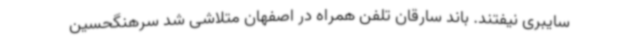
سایبری نیفتند. باند سارقان تلفن همراه در اصفهان متلاشی شد سرهنگحسین